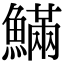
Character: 𩺴